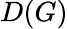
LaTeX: D(G)